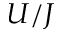
U / J